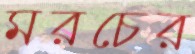
মরচের